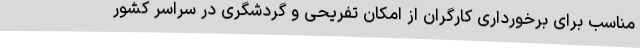
مناسب برای برخورداری کارگران از امکان تفریحی و گردشگری در سراسر کشور